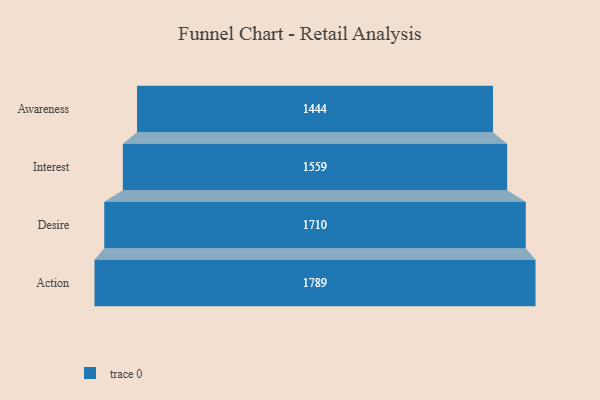
{"axis": {"x": "Stage", "y": "Value"}, "legend": [""], "data": [{"x": "Awareness", "y": 1444.0, "type": ""}, {"x": "Interest", "y": 1559.0, "type": ""}, {"x": "Desire", "y": 1710.0, "type": ""}, {"x": "Action", "y": 1789.0, "type": ""}]}